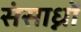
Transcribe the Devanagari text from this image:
संसाध्नों